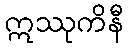
ဣဿုကိနီ